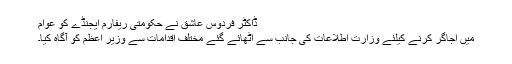
ڈاکٹر فردوس عاشق نے حکومتی ریفارم ایجنڈے کو عوام
میں اجاگر کرنے کیلئے وزارت اطلاعات کی جانب سے اٹھائے گئے مختلف اقدامات سے وزیر اعظم کو آگاہ کیا۔